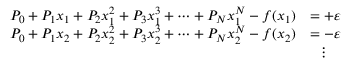
{ \begin{array} { r l } { P _ { 0 } + P _ { 1 } x _ { 1 } + P _ { 2 } x _ { 1 } ^ { 2 } + P _ { 3 } x _ { 1 } ^ { 3 } + \dots + P _ { N } x _ { 1 } ^ { N } - f ( x _ { 1 } ) } & { = + \varepsilon } \\ { P _ { 0 } + P _ { 1 } x _ { 2 } + P _ { 2 } x _ { 2 } ^ { 2 } + P _ { 3 } x _ { 2 } ^ { 3 } + \dots + P _ { N } x _ { 2 } ^ { N } - f ( x _ { 2 } ) } & { = - \varepsilon } \\ & { \ \ \vdots } \end{array} }